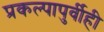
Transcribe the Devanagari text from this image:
प्रकल्पापुर्वीही